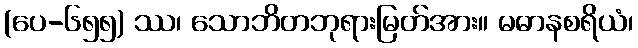
(ပေ-၆၅၅) ဿ၊ သောဘိတဘုရားမြတ်အား။ မဓာနစရိယံ၊